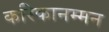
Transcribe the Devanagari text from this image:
करिकानम्मन